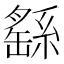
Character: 繇